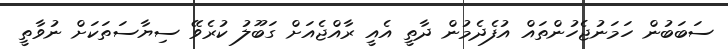
ސަބަބުން ހަމަނުޖެހުންތައް އުފެދެމުން ދާތީ އެއީ ރާއްޖެއަށް ގަބޫލު ކުރެވޭ ސިޔާސަތަކަށް ނުވާތީ